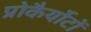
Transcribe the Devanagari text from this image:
प्रोकैर्योटों